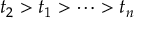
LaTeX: t _ { 2 } > t _ { 1 } > \cdots > t _ { n }